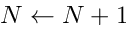
N \gets N + 1